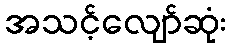
အသင့်လျော်ဆုံး